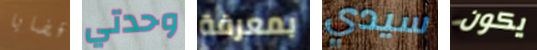
قضايا وحدتي بمعرفة سيدي يكون